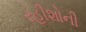
રહીશોની